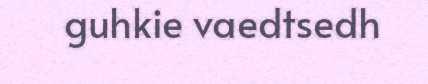
guhkie vaedtsedh